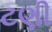
ટણી